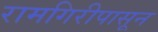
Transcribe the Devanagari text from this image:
रामगिरीपासून